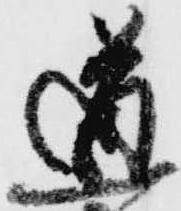
道